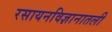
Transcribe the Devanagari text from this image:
रसायनविज्ञानातली